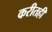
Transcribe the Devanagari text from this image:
करीतही